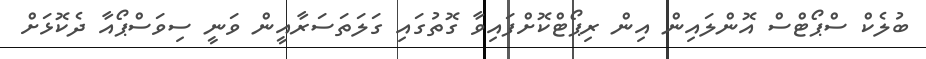
ބުލެކް ސްޕޯޓްސް އޮންލައިން އިން ރިޕޯޓްކޮށްފައިވާ ގޮތުގައި ގަލަތަސަރާއީން ވަނީ ސިވަސްޕޯއާ ދެކޮޅަށް